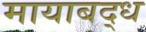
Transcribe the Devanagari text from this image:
मायाबद्ध